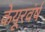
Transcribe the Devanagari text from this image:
केयूरवंर्ष